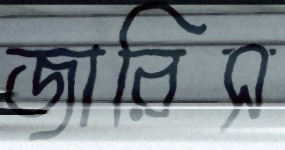
জারিস